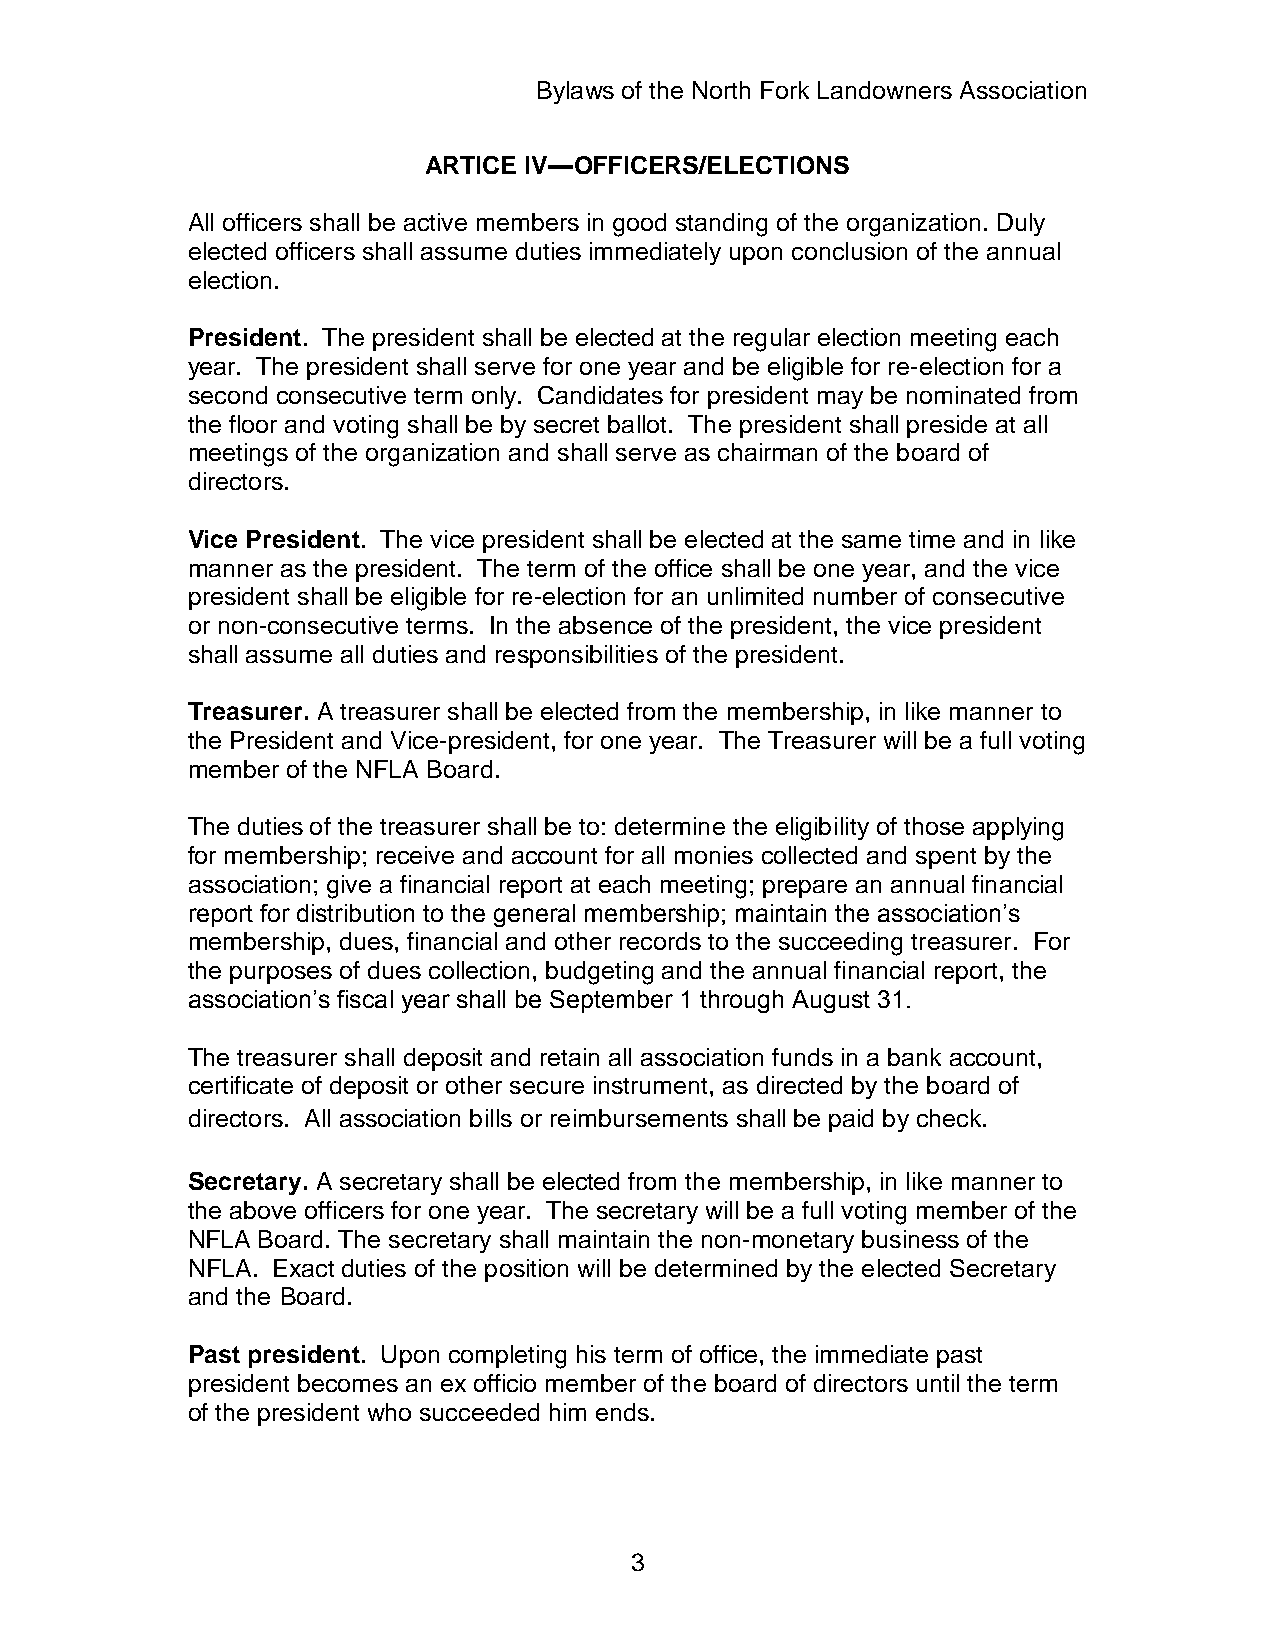
Bylaws of the North Fork Landowners Association
 ARTICE IV—OFFICERS/ELECTIONS
 All officers shall be active members in good standing of the organization. Duly
 elected officers shall assume duties immediately upon conclusion of the annual
 election.
 President. The president shall be elected at the regular election meeting each
 year. The president shall serve for one year and be eligible for re-election for a
 second consecutive term only. Candidates for president may be nominated from
 the floor and voting shall be by secret ballot. The president shall preside at all
 meetings of the organization and shall serve as chairman of the board of
 directors.
 Vice President. The vice president shall be elected at the same time and in like
 manner as the president. The term of the office shall be one year, and the vice
 president shall be eligible for re-election for an unlimited number of consecutive
 or non-consecutive terms. In the absence of the president, the vice president
 shall assume all duties and responsibilities of the president.
 Treasurer. A treasurer shall be elected from the membership, in like manner to
 the President and Vice-president, for one year. The Treasurer will be a full voting
 member of the NFLA Board.
 The duties of the treasurer shall be to: determine the eligibility of those applying
 for membership; receive and account for all monies collected and spent by the
 association; give a financial report at each meeting; prepare an annual financial
 report for distribution to the general membership; maintain the association’s
 membership, dues, financial and other records to the succeeding treasurer. For
 the purposes of dues collection, budgeting and the annual financial report, the
 association’s fiscal year shall be September 1 through August 31.
 The treasurer shall deposit and retain all association funds in a bank account,
 certificate of deposit or other secure instrument, as directed by the board of
 directors. All association bills or reimbursements shall be paid by check.
 Secretary. A secretary shall be elected from the membership, in like manner to
 the above officers for one year. The secretary will be a full voting member of the
 NFLA Board. The secretary shall maintain the non-monetary business of the
 NFLA. Exact duties of the position will be determined by the elected Secretary
 and the Board.
 Past president. Upon completing his term of office, the immediate past
 president becomes an ex officio member of the board of directors until the term
 of the president who succeeded him ends.
 3